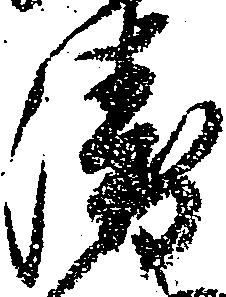
衛